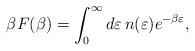
LaTeX: \begin{align*}\beta F(\beta) = \int_0^\infty d\varepsilon\,n(\varepsilon)e^{-\beta\varepsilon}, \end{align*}